Annual report of the Punjab Veterinary College and of the Civil Veterinary Department, Punjab - 1926-1932
Year: 1926
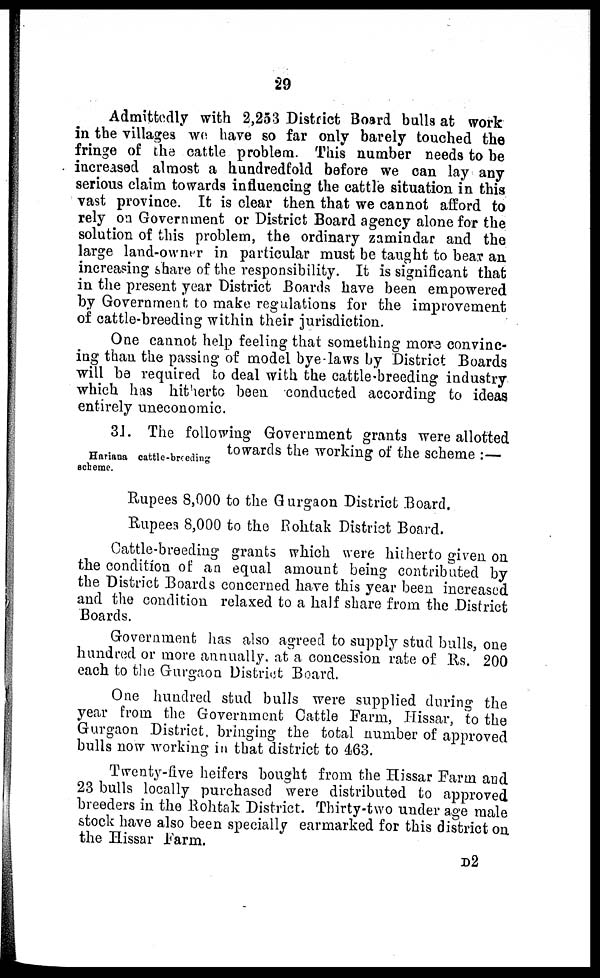
29
Admittedly with 2,253 District Board bulls at work
in the villages we have so far only barely touched the
fringe of the cattle problem. This number needs to be
increased almost a hundredfold before we can lay any
serious claim towards influencing the cattle situation in this
vast province. It is clear then that we cannot afford to
rely on Government or District Board agency alone for the
solution of this problem, the ordinary zamindar and the
large land-owner in particular must be taught to bear an
increasing share of the responsibility. It is significant that
in the present year District Boards have been empowered
by Government to make regulations for the improvement
of cattle-breeding within their jurisdiction.
One cannot help feeling that something more convinc-
ing than the passing of model bye-laws by District Boards
will be required to deal with the cattle-breeding industry
which has hitherto been conducted according to ideas
entirely uneconomic.
Hariana cattle-breeding
scheme.
31. The following Government grants were allotted
towards the working of the scheme:—
Rupees 8,000 to the Gurgaon District Board.
Rupees 8,000 to the Rohtak District Board.
Cattle-breeding grants which were hitherto given on
the condition of an equal amount being contributed by
the District Boards concerned have this year been increased
and the condition relaxed to a half share from the District
Boards.
Government has also agreed to supply stud bulls, one
hundred or more annually, at a concession rate of Rs. 200
each to the Gurgaon District Board.
One hundred stud bulls were supplied during the
year from the Government Cattle Farm, Hissar, to the
Gurgaon District, bringing the total number of approved
bulls now working in that district to 463.
Twenty-five heifers bought from the Hissar Farm and
23 bulls locally purchased were distributed to approved
breeders in the Rohtak District. Thirty-two under age male
stock have also been specially earmarked for this district on
the Hissar Farm.
D2